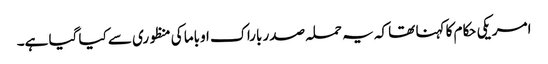
امریکی حکام کا کہنا تھا کہ یہ حملہ صدر باراک اوباما کی منظوری سے کیا گیا ہے۔